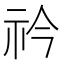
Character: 𥘞